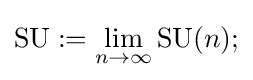
\operatorname {SU} :=\lim _{n\rightarrow \infty }\operatorname {SU} (n);